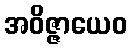
အဝိဇ္ဇာယေဝ